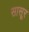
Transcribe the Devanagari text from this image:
सासूर